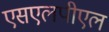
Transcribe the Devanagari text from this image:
एसएलपीएल